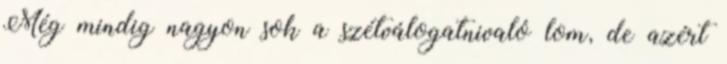
Még mindig nagyon sok a szétválogatnivaló lom, de azért